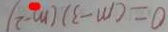
0 = ( m - 3 ) ( m - 2 )